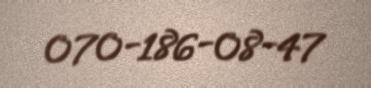
070-186-08-47